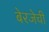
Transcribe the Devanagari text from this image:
बेरजेची